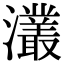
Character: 灇